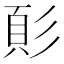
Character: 𩑘